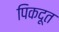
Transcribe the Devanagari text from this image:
पिकदूत